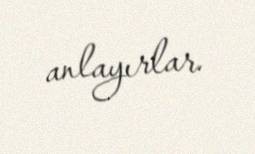
anlayırlar.